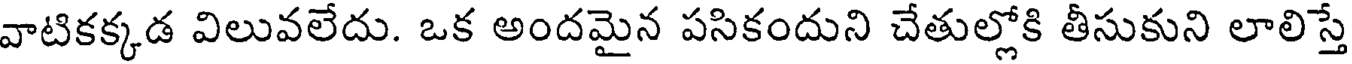
వాటికక్కడ విలువలేదు. ఒక అందమైన పసికందుని చేతుల్లోకి తీసుకుని లాలిస్తే